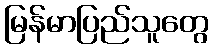
မြန်မာပြည်သူတွေ